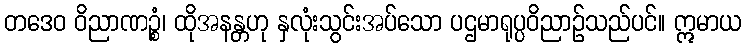
တဒေဝ ဝိညာဏဉ္စံ၊ ထိုအနန္တဟု နှလုံးသွင်းအပ်သော ပဌမာရုပ္ပဝိညာဉ်သည်ပင်။ ဣမာယ